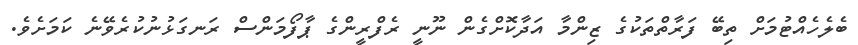
ބެލެހެއްޓުމަށް ތިބޭ ފަރާތްތަކުގެ ޒިންމާ އަދާކޮށްގެން ނޫނީ ރެފްރީންގެ ޕާފޯމަންސް ރަނގަޅުނުކުރެވޭނެ ކަމަށެވެ.